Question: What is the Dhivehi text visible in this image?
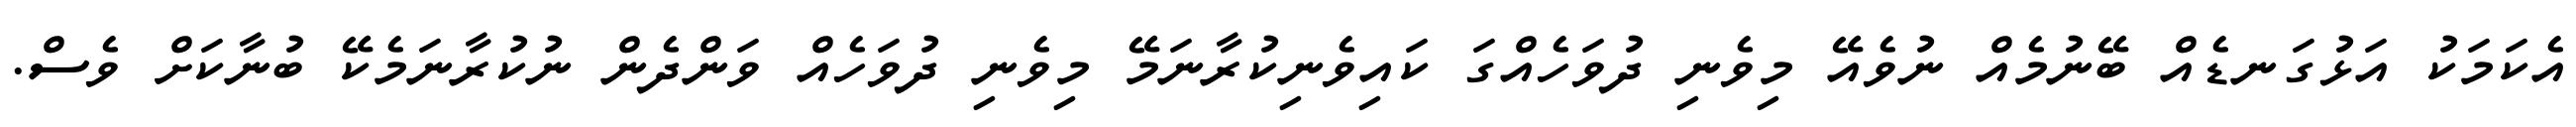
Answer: އެކަމަކު އަޅުގަނޑެއް ބޭނުމެއް ނުވެއޭ މިވެނި ދުވަހެއްގަ ކައިވެނިކުރާނަމޭ މިވެނި ދުވަހެއް ވަންދެން ނުކުރާނަމެކޭ ބުނާކަށް ވެސް.